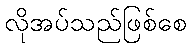
လိုအပ်သည်ဖြစ်စေ